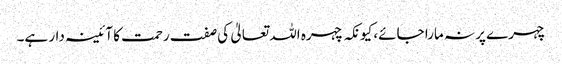
چہرے پر نہ مارا جائے، کیونکہ چہرہ اللہ تعالیٰ کی صفت رحمت کا آئینہ دار ہے۔